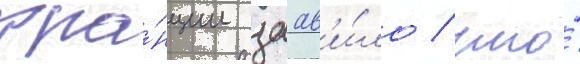
фра́нции заав'и́ло / что́